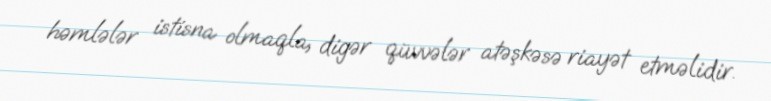
həmlələr istisna olmaqla, digər qüvvələr atəşkəsə riayət etməlidir.